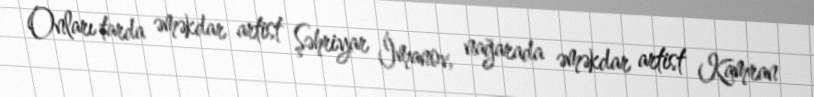
Onları tarda əməkdar artist Şəhriyar İmanov, nağarada əməkdar artist Kamran